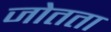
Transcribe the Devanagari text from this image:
जोतता